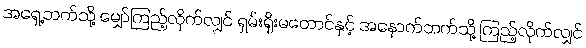
အရှေ့ဘက်သို့ မျှော်ကြည့်လိုက်လျှင် ရှမ်းရိုးမတောင်နှင့် အနောက်ဘက်သို့ ကြည့်လိုက်လျှင်